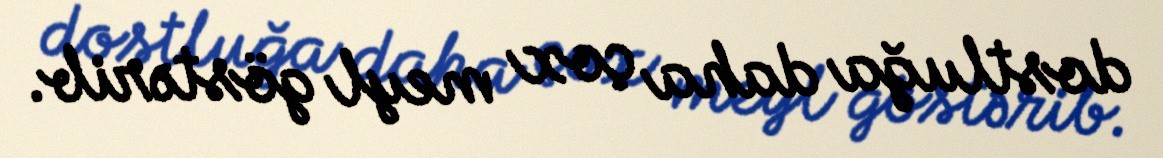
dostluğa daha çox meyl göstərib.